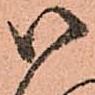
御